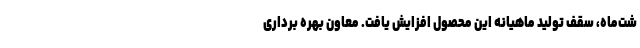
شت‌ماه، سقف تولید ماهیانه این محصول افزایش یافت. معاون بهره برداری